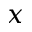
\boldsymbol { x }